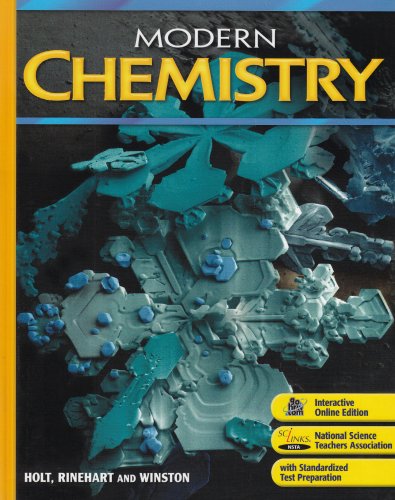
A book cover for Modern Chemistry: Student Edition 2009; RINEHART AND WINSTON HOLT; Children's Books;